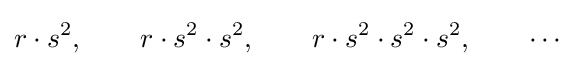
r\cdot s^{2},\qquad r\cdot s^{2}\cdot s^{2},\qquad r\cdot s^{2}\cdot s^{2}\cdot s^{2},\qquad \cdots